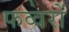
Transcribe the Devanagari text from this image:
फव्‍वरों